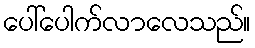
ပေါ်ပေါက်လာလေသည်။